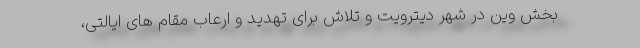
بخش وین در شهر دیترویت و تلاش برای تهدید و ارعاب مقام های ایالتی،